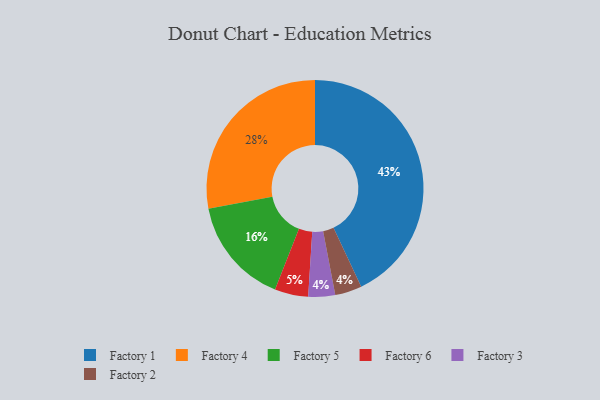
{"axis": {"x": "Category", "y": "Percentage"}, "legend": ["Factory 1", "Factory 2", "Factory 3", "Factory 4", "Factory 5", "Factory 6"], "data": [{"x": "Factory 3", "y": 4, "type": "Factory 3"}, {"x": "Factory 1", "y": 43, "type": "Factory 1"}, {"x": "Factory 6", "y": 5, "type": "Factory 6"}, {"x": "Factory 5", "y": 16, "type": "Factory 5"}, {"x": "Factory 4", "y": 28, "type": "Factory 4"}, {"x": "Factory 2", "y": 4, "type": "Factory 2"}]}